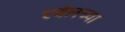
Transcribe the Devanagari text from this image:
एबेलच्या